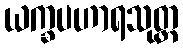
ယက္ခပဟာရသုတ္တ